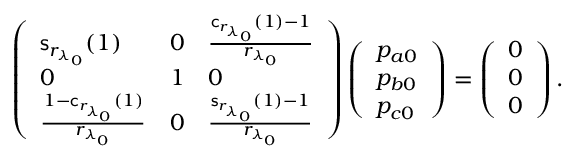
\left( \begin{array} { l l l } { \mathsf { s } _ { r _ { \lambda _ { 0 } } } ( 1 ) } & { 0 } & { \frac { \mathsf { c } _ { r _ { \lambda _ { 0 } } } ( 1 ) - 1 } { { r _ { \lambda _ { 0 } } } } } \\ { 0 } & { 1 } & { 0 } \\ { \frac { 1 - \mathsf { c } _ { r _ { \lambda _ { 0 } } } ( 1 ) } { { r _ { \lambda _ { 0 } } } } } & { 0 } & { \frac { \mathsf { s } _ { r _ { \lambda _ { 0 } } } ( 1 ) - 1 } { { r _ { \lambda _ { 0 } } } } } \end{array} \right) \left( \begin{array} { l } { p _ { a 0 } } \\ { p _ { b 0 } } \\ { p _ { c 0 } } \end{array} \right) = \left( \begin{array} { l } { 0 } \\ { 0 } \\ { 0 } \end{array} \right) .